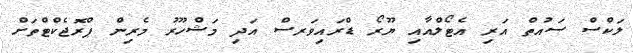
ލަކްސް ސައުތް އަރި އެޓޯލްއާއި ޔޫރޯ ޑްރައިވަރސް އަދި މަޝްހޫރު މެރިން ޕްރޮޖެކްޓްތަށް